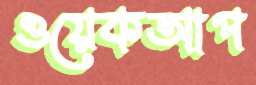
ওয়েকআপ